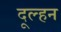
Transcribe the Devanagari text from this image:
दूल्हन